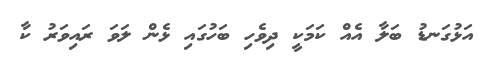
އަޅުގަނޑު ބަލާ އެއް ކަމަކީ ދިވެހި ބަހުގައި ޅެން ލަވަ ރައިވަރު ކާ